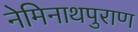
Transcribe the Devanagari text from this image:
नेमिनाथपुराण